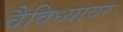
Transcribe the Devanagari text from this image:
वैविध्यावर